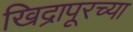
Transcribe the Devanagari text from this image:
खिद्रापूरच्या